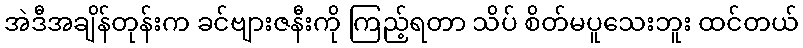
အဲဒီအချိန်တုန်းက ခင်ဗျားဇနီးကို ကြည့်ရတာ သိပ် စိတ်မပူသေးဘူး ထင်တယ်